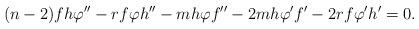
LaTeX: \begin{align*} (n-2)fh\varphi''-rf\varphi h''-mh\varphi f''-2mh\varphi'f'-2rf\varphi'h'=0.\end{align*}